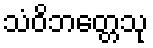
သံဝိဘတ္တေသု